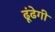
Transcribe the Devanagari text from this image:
ढूंढेगी